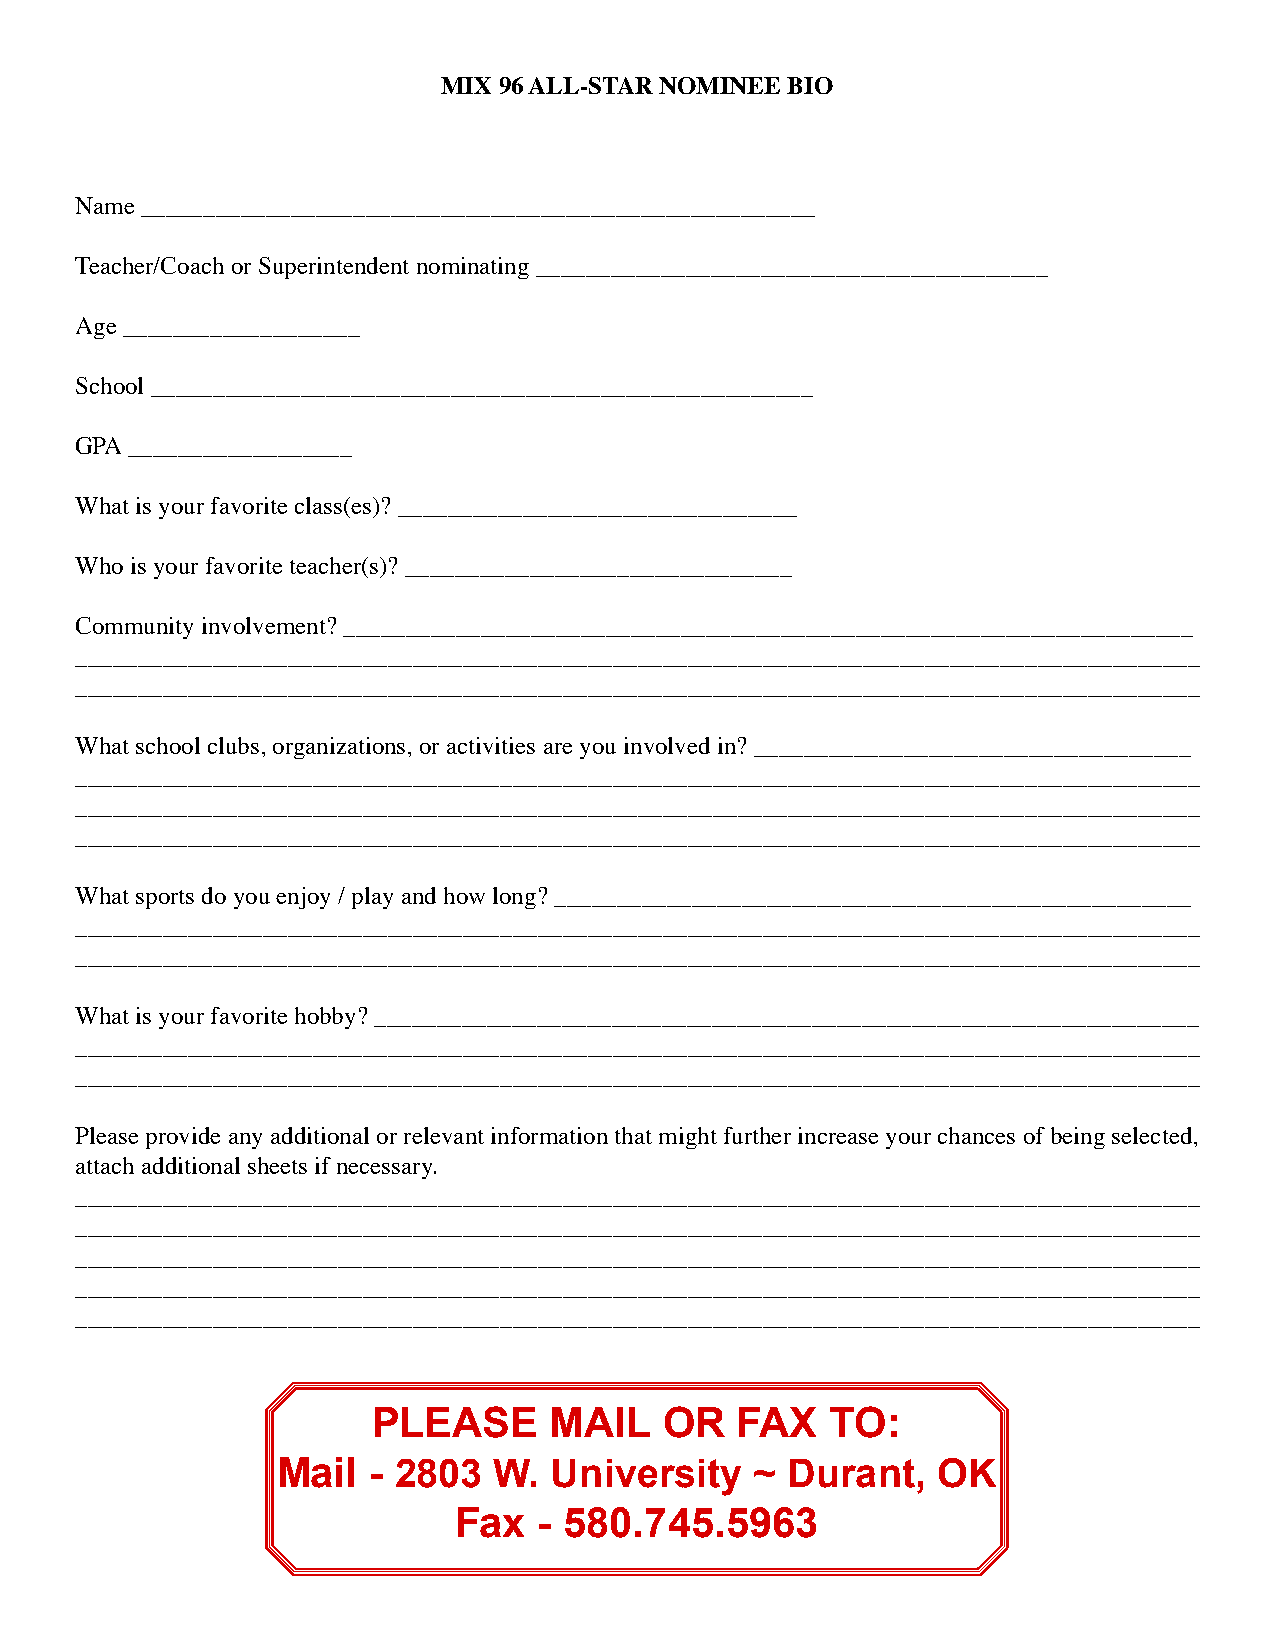
MIX 96 ALL-STAR NOMINEE BIO
 Name ______________________________________________________
 Teacher/Coach or Superintendent nominating _________________________________________
 Age ___________________
 School _____________________________________________________
 GPA __________________
 What is your favorite class(es)? ________________________________
 Who is your favorite teacher(s)? _______________________________
 Community involvement? ____________________________________________________________________
 __________________________________________________________________________________________
 __________________________________________________________________________________________
 What school clubs, organizations, or activities are you involved in? ___________________________________
 __________________________________________________________________________________________
 __________________________________________________________________________________________
 __________________________________________________________________________________________
 What sports do you enjoy / play and how long? ___________________________________________________
 __________________________________________________________________________________________
 __________________________________________________________________________________________
 What is your favorite hobby? __________________________________________________________________
 __________________________________________________________________________________________
 __________________________________________________________________________________________
 Please provide any additional or relevant information that might further increase your chances of being selected,
 attach additional sheets if necessary.
 __________________________________________________________________________________________
 __________________________________________________________________________________________
 __________________________________________________________________________________________
 __________________________________________________________________________________________
 __________________________________________________________________________________________
 PLEASE     MAIL    OR   FAX   TO:
 Mail  - 2803   W. University    ~ Durant,   OK
 Fax   - 580.745.5963